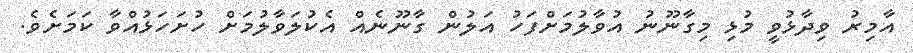
އާމިރު ވިދާޅުވީ މުޅި މިގާނޫނު އުވާލުމަށްފަހު އަލުން ގާނޫނެއް އެކުލަވާލުމަށް ހުށަހަޅުއްވާ ކަމަށެވެ.